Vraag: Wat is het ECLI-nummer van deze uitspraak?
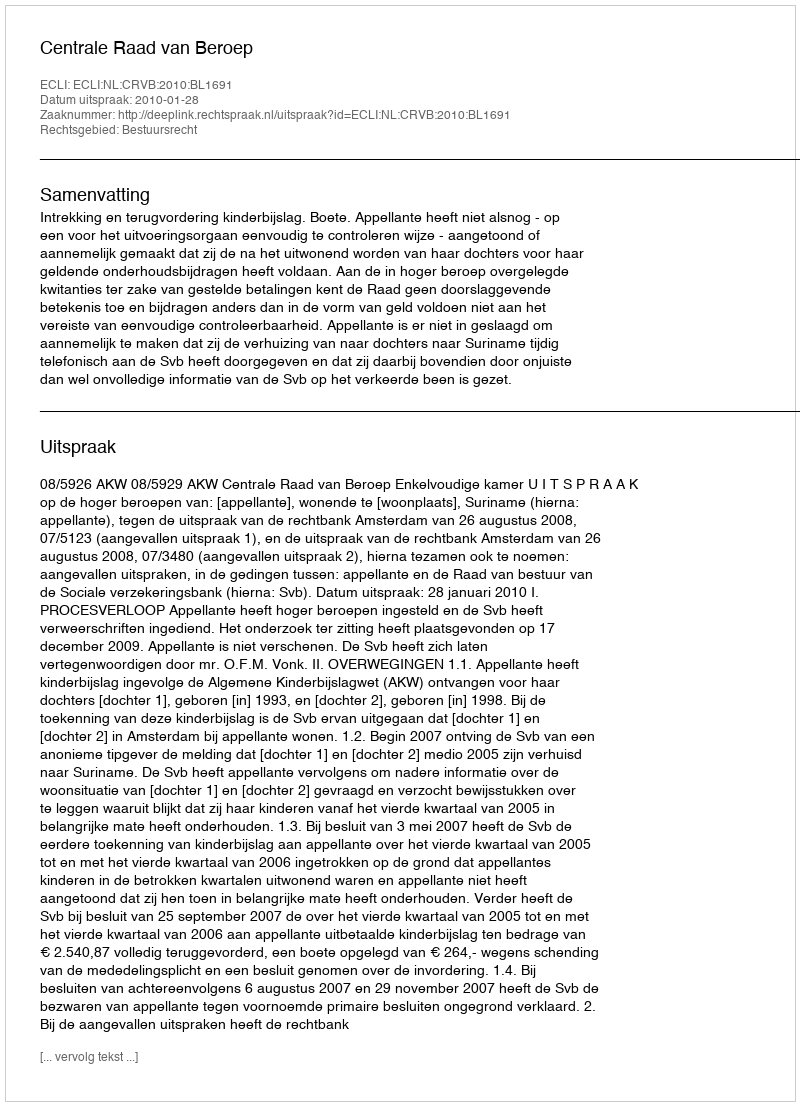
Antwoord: ECLI:NL:CRVB:2010:BL1691